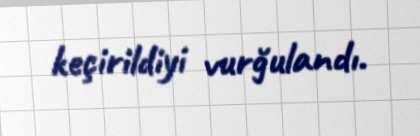
keçirildiyi vurğulandı.